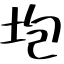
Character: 垉